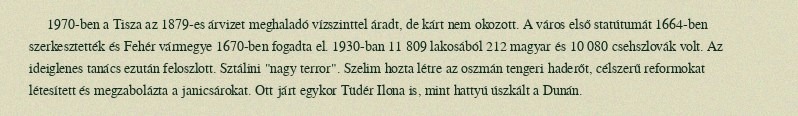
1970-ben a Tisza az 1879-es árvizet meghaladó vízszinttel áradt, de kárt nem okozott. A város első statútumát 1664-ben szerkesztették és Fehér vármegye 1670-ben fogadta el. 1930-ban 11 809 lakosából 212 magyar és 10 080 csehszlovák volt. Az ideiglenes tanács ezután feloszlott. Sztálini "nagy terror". Szelim hozta létre az oszmán tengeri haderőt, célszerű reformokat létesített és megzabolázta a janicsárokat. Ott járt egykor Tüdér Ilona is, mint hattyú úszkált a Dunán.